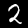
Label: 2